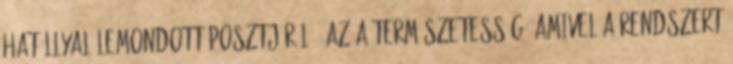
hatállyal lemondott posztjáról.” Az a természetesség, amivel a rendszert